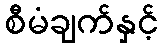
စီမံချက်နှင့်